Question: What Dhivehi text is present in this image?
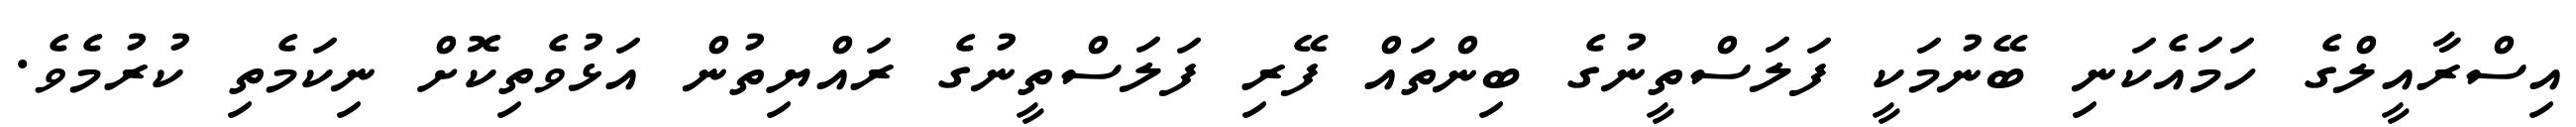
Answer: އިސްރާއީލްގެ ހަމައެކަނި ބޭނުމަކީ ފަލަސްތީނުގެ ބިންތައް ފޭރި ފަލަސްތީނުގެ ރައްޔިތުން އަޅުވެތިކޮށް ނިކަމެތި ކުރުމެވެ.